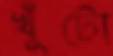
খুঁটো